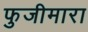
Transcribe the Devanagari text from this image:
फुजीमारा